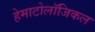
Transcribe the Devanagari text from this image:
हेमाटोलॉजिकल